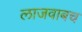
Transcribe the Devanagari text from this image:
लाजवाबच